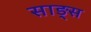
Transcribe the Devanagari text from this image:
साङ्स